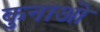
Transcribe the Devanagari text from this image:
कुनाओ